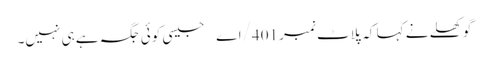
گوکھلے نے کہا کہ پلاٹ نمبر 401/اے جیسی کوئی جگہ ہے ہی نہیں۔